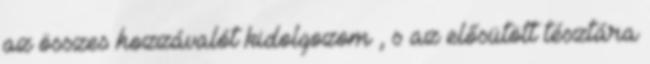
az összes hozzávalót kidolgozom , s az elősütött tésztára